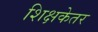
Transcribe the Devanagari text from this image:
शिक्षकेतर